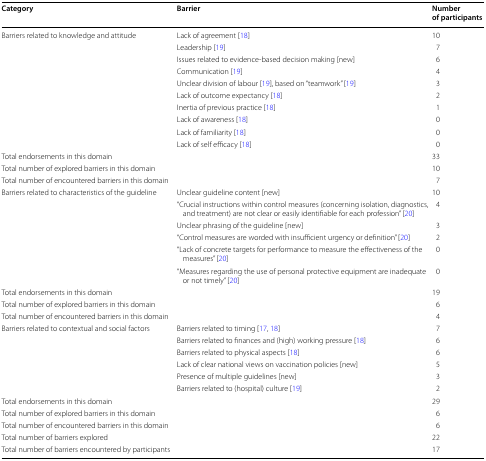
<table><thead><tr><td><b>Category</b></td><td><b>Barrier</b></td><td><b>Number of participants</b></td></tr></thead><tbody><tr><td rowspan="10">Barriers related to knowledge and attitude</td><td>Lack of agreement [18]</td><td>10</td></tr><tr><td>Leadership [19]</td><td>7</td></tr><tr><td>Issues related to evidence-based decision making [new]</td><td>6</td></tr><tr><td>Communication [19]</td><td>4</td></tr><tr><td>Unclear division of labour [19], based on “teamwork” [19]</td><td>3</td></tr><tr><td>Lack of outcome expectancy [18]</td><td>2</td></tr><tr><td>Inertia of previous practice [18]</td><td>1</td></tr><tr><td>Lack of awareness [18]</td><td>0</td></tr><tr><td>Lack of familiarity [18]</td><td>0</td></tr><tr><td>Lack of self efficacy [18]</td><td>0</td></tr><tr><td colspan="2">Total endorsements in this domain</td><td>33</td></tr><tr><td colspan="2">Total number of explored barriers in this domain</td><td>10</td></tr><tr><td colspan="2">Total number of encountered barriers in this domain</td><td>7</td></tr><tr><td rowspan="6">Barriers related to characteristics of the guideline</td><td>Unclear guideline content [new]</td><td>10</td></tr><tr><td>“Crucial instructions within control measures (concerning isolation, diagnostics, and treatment) are not clear or easily identifiable for each profession” [20]</td><td>4</td></tr><tr><td>Unclear phrasing of the guideline [new]</td><td>3</td></tr><tr><td>“Control measures are worded with insufficient urgency or definition” [20]</td><td>2</td></tr><tr><td>“Lack of concrete targets for performance to measure the effectiveness of the measures” [20]</td><td>0</td></tr><tr><td>“Measures regarding the use of personal protective equipment are inadequate or not timely” [20]</td><td>0</td></tr><tr><td colspan="2">Total endorsements in this domain</td><td>19</td></tr><tr><td colspan="2">Total number of explored barriers in this domain</td><td>6</td></tr><tr><td colspan="2">Total number of encountered barriers in this domain</td><td>4</td></tr><tr><td rowspan="6">Barriers related to contextual and social factors</td><td>Barriers related to timing [17, 18]</td><td>7</td></tr><tr><td>Barriers related to finances and (high) working pressure [18]</td><td>6</td></tr><tr><td>Barriers related to physical aspects [18]</td><td>6</td></tr><tr><td>Lack of clear national views on vaccination policies [new]</td><td>5</td></tr><tr><td>Presence of multiple guidelines [new]</td><td>3</td></tr><tr><td>Barriers related to (hospital) culture [19]</td><td>2</td></tr><tr><td colspan="2">Total endorsements in this domain</td><td>29</td></tr><tr><td colspan="2">Total number of explored barriers in this domain</td><td>6</td></tr><tr><td colspan="2">Total number of encountered barriers in this domain</td><td>6</td></tr><tr><td colspan="2">Total number of barriers explored</td><td>22</td></tr><tr><td colspan="2">Total number of barriers encountered by participants</td><td>17</td></tr></tbody></table>